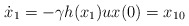
\begin{align*}\dot{x}_1 =-\gamma h(x_1) ux(0) = x_{10}\end{align*}